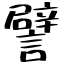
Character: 譬